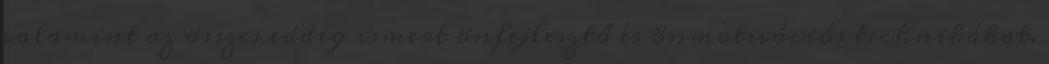
valamint az összes eddig ismert önfejlesztő és önmotivációs technikákat.